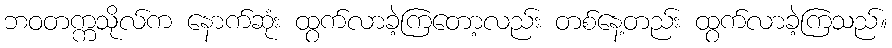
ဘဝတက္ကသိုလ်က နောက်ဆုံး ထွက်လာခဲ့ကြတော့လည်း တစ်နေ့တည်း ထွက်လာခဲ့ကြသည်။